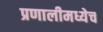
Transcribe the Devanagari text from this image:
प्रणालीमध्येच